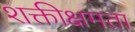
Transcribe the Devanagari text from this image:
शक्तीक्षमता